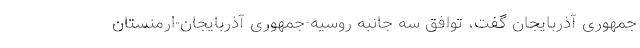
جمهوری آذربایجان گفت، توافق سه جانبه روسیه-جمهوری آذربایجان-ارمنستان